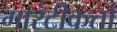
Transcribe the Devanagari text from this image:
गारंटीकर्ता